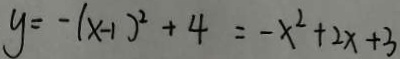
y = - ( x - 1 ) ^ { 2 } + 4 = - x ^ { 2 } + 2 x + 3